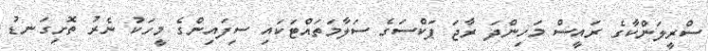
ސްރީލަންކާގެ ރައީސް މަހިންދަ ރާޖަ ޕަކްސަގެ ސަލާމަތައްޓަކައި ސިފައިންގެ މީހަކު ނެރު ތޮށިގަނޑު